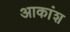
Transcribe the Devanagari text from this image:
आकांश